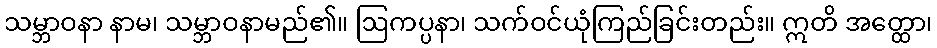
သမ္ဘာဝနာ နာမ၊ သမ္ဘာဝနာမည်၏။ ဩကပ္ပနာ၊ သက်ဝင်ယုံကြည်ခြင်းတည်း။ ဣတိ အတ္ထော၊